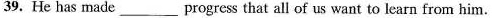
39. He has made ___ progress that all of us want to learn from him.